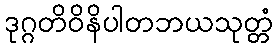
ဒုဂ္ဂတိဝိနိပါတဘယသုတ္တံ